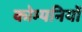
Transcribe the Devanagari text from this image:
कोम्पनियों